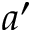
a ^ { \prime }